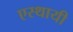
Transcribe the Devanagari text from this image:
एस्थायी